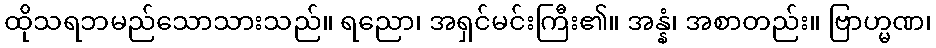
ထိုသရဘမည်သောသားသည်။ ရညော၊ အရှင်မင်းကြီး၏။ အန္နံ၊ အစာတည်း။ ဗြာဟ္မဏ၊